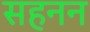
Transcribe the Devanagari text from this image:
सहनन